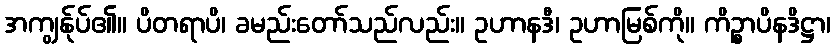
အကျွန်ုပ်၏။ ပိတရာပိ၊ ခမည်းတော်သည်လည်း။ ဥဟာနဒီ၊ ဥဟာမြစ်ကို။ ကိဉ္စာပိနဒိဋ္ဌာ၊